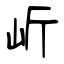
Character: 岓